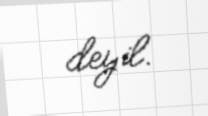
deyil.